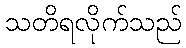
သတိရလိုက်သည်